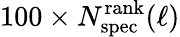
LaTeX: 100\times N_{\mathrm{spec}}^{\mathrm{rank}}(\ell)